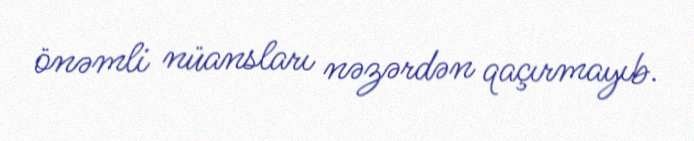
önəmli nüansları nəzərdən qaçırmayıb.